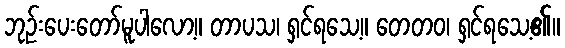
ဘုဉ်းပေးတော်မူပါလော့။ တာပသ၊ ရှင်ရသေ့။ တေတဝ၊ ရှင်ရသေ့၏။